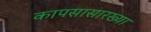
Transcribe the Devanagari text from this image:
कापसासारख्या